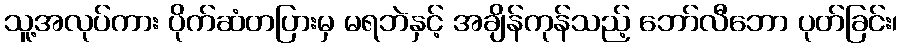
သူ့အလုပ်ကား ပိုက်ဆံတပြားမှ မရဘဲနှင့် အချိန်ကုန်သည့် ဘော်လီဘော ပုတ်ခြင်း၊